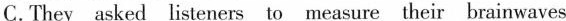
C.They asked listeners to measure their brainwaves